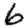
Digit: 6